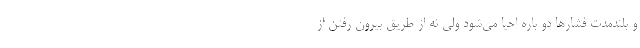
و بلندمدت فشارها دو باره احيا مي‌شود ولي نه از طريق بيرون رفتن از